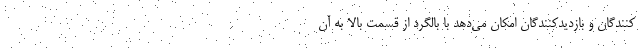
کنندگان و بازدیدکنندگان امکان می‌دهد با بالگرد از قسمت بالا به آن